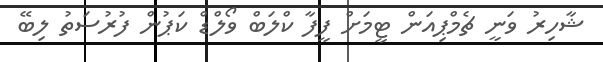
ޝާހިރު ވަނީ ޗެމްޕިއަން ޓީމަށް ފީފާ ކްލަބް ވޯލްޑް ކަޕުން ފުރުސަތު ލިބޭ